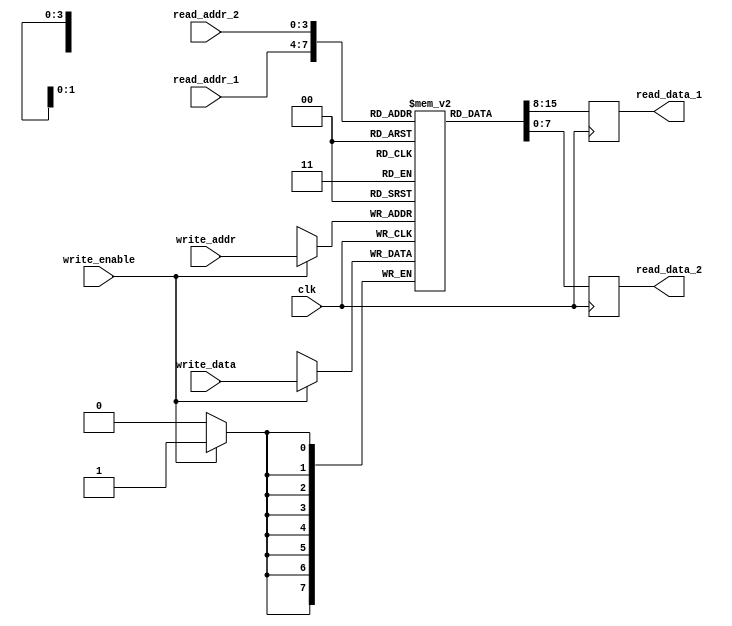
module RegisterFile (
    input wire clk,
    input wire [addr_width-1:0] read_addr_1,
    input wire [addr_width-1:0] read_addr_2,
    input wire [addr_width-1:0] write_addr,
    input wire write_enable,
    input wire [data_width-1:0] write_data,
    output reg [data_width-1:0] read_data_1,
    output reg [data_width-1:0] read_data_2
);

parameter num_registers = 16;
parameter data_width = 8;
parameter addr_width = $clog2(num_registers);

reg [data_width-1:0] registers [0:num_registers-1];

always @(posedge clk) begin
    if (write_enable) begin
        registers[write_addr] <= write_data;
    end
    
    read_data_1 <= registers[read_addr_1];
    read_data_2 <= registers[read_addr_2];
end

endmodule